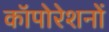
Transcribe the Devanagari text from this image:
कॉपोरेशनों